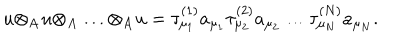
LaTeX: u { \otimes } _ { \bf A } u { \otimes } _ { \bf A } \ldots { \otimes } _ { \bf A } u = { \tau } _ { { \mu } _ { 1 } } ^ { ( 1 ) } a _ { { \mu } _ { 1 } } { \tau } _ { { \mu } _ { 2 } } ^ { ( 2 ) } a _ { { \mu } _ { 2 } } \ldots { \tau } _ { { \mu } _ { N } } ^ { ( N ) } a _ { { \mu } _ { N } } .